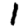
Digit: 1